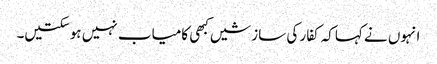
انہوں نے کہاکہ کفار کی سازشیں کبھی کامیاب نہیں ہوسکتیں۔